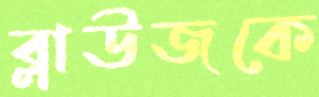
ব্লাউজকে